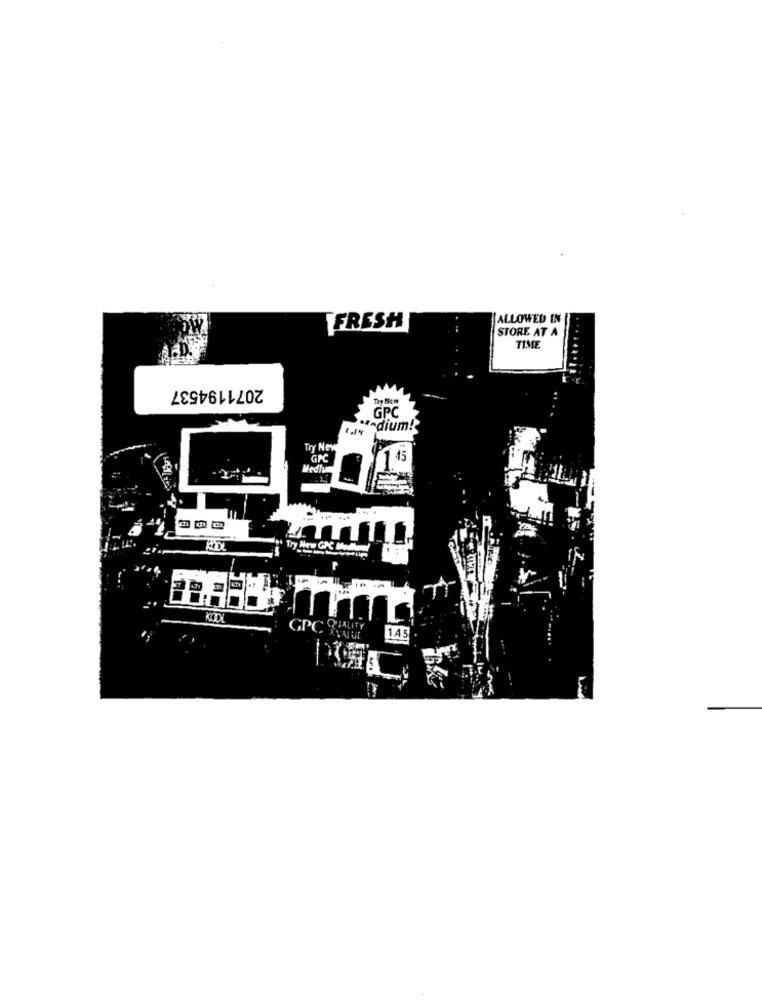
ALLOWED IN
FRESH
STORE AT A
TIME
2071194537
GPC
a dium!
Try New
GPC
15
MedJu
... .
Try Hew GAC Medel
GPC Hu
145